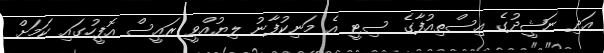
އަދި ނަޝީދުގެ އިސްތިއުފާގެ ސިޓީ އެ މަނިކުފާނު ލިޔުއްވީ ރައީސް އޮފީހުގައި ކަމަށް